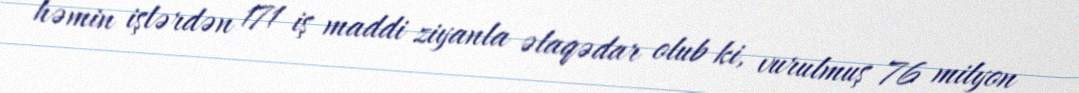
həmin işlərdən 171 iş maddi ziyanla əlaqədar olub ki, vurulmuş 76 milyon